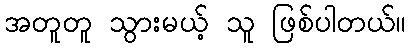
အတူတူ သွားမယ့် သူ ဖြစ်ပါတယ်။